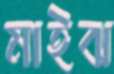
মাইঝ